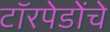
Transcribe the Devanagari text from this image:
टॉरपेडोंचे